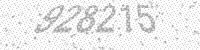
Solution: 928215